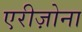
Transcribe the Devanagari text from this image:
एरीज़ोना